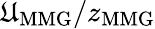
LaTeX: \mathfrak{U}_{\mathrm{{MMG}}}/z_{\mathrm{{MMG}}}